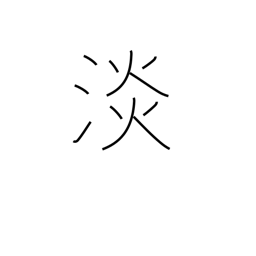
Meaning: faint